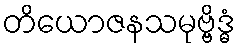
တိယောဇနသမုဗ္ဗိဒ္ဓံ